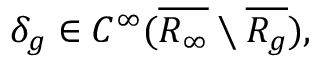
\delta _ { g } \in C ^ { \infty } ( \overline { { R _ { \infty } } } \setminus \overline { { R _ { g } } } ) ,